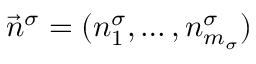
\vec { n } ^ { \sigma } = ( n _ { 1 } ^ { \sigma } , \ldots , n _ { m _ { \sigma } } ^ { \sigma } )